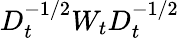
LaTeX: D_{t}^{-1/2}W_{t}D_{t}^{-1/2}